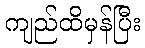
ကျည်ထိမှန်ပြီး